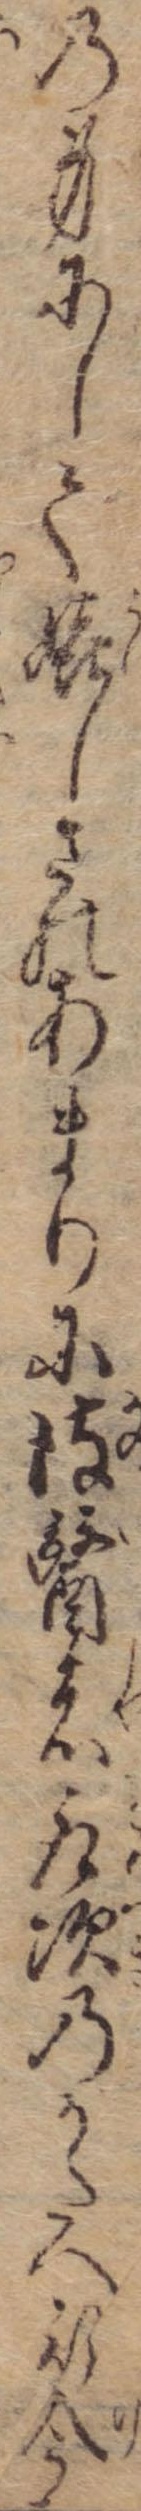
の身にして嬉しさのあまりに彼医者取次のかたへ行今